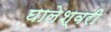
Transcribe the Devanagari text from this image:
घालेश्वरी